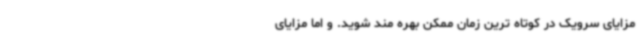
مزایای سرویک در کوتاه ترین زمان ممکن بهره مند شوید. و اما مزایای